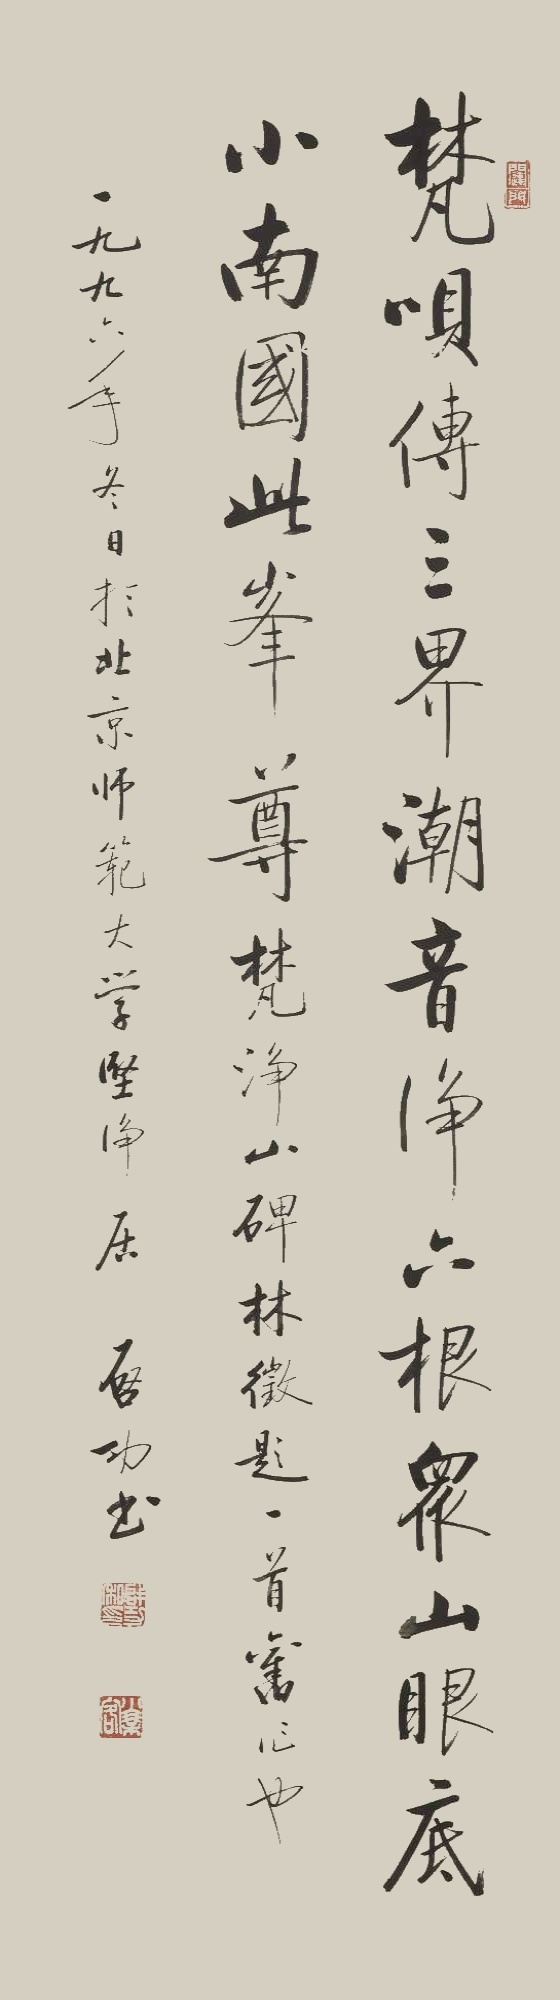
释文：梵呗传三界，潮音净六根。众山眼底小，南国此峰尊。〈梵净山碑林〉征题一首，旧作也。一九九六年冬日，于北京师范大学坚净居，启功书。